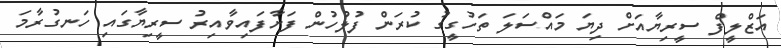
އަޒްލީފް ސީރިޔާއަށް ދިޔަ މައްސަލަ ތަހުގީގު ކުރަން ފުލުހުން ފަށާފައިވާއިރު ސީރިޔާގައި ހަނގުރާމަ